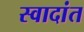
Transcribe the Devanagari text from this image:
स्वादांत